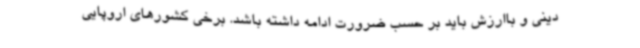
دینی و باارزش باید بر حسب ضرورت ادامه داشته باشد. برخی کشورهای اروپایی